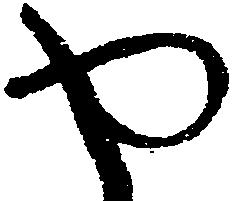
や